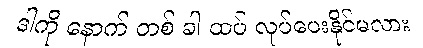
ဒါကို နောက် တစ် ခါ ထပ် လုပ်ပေးနိုင်မလား